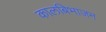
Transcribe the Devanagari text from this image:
कालबिभाजन